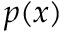
p ( x )